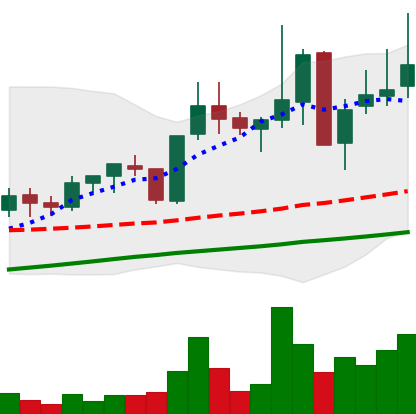
Ticker: XLM-USD
Chart end date: 2021-05-16
Forward return: -41.292%
Label: down_7plus